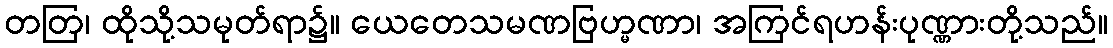
တတြ၊ ထိုသို့သမုတ်ရာ၌။ ယေတေသမဏဗြဟ္မဏာ၊ အကြင်ရဟန်းပုဏ္ဏားတို့သည်။